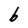
Character: b